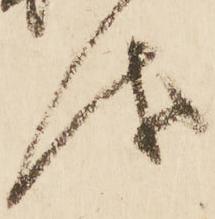
儀